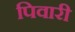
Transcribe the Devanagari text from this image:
पिवारी